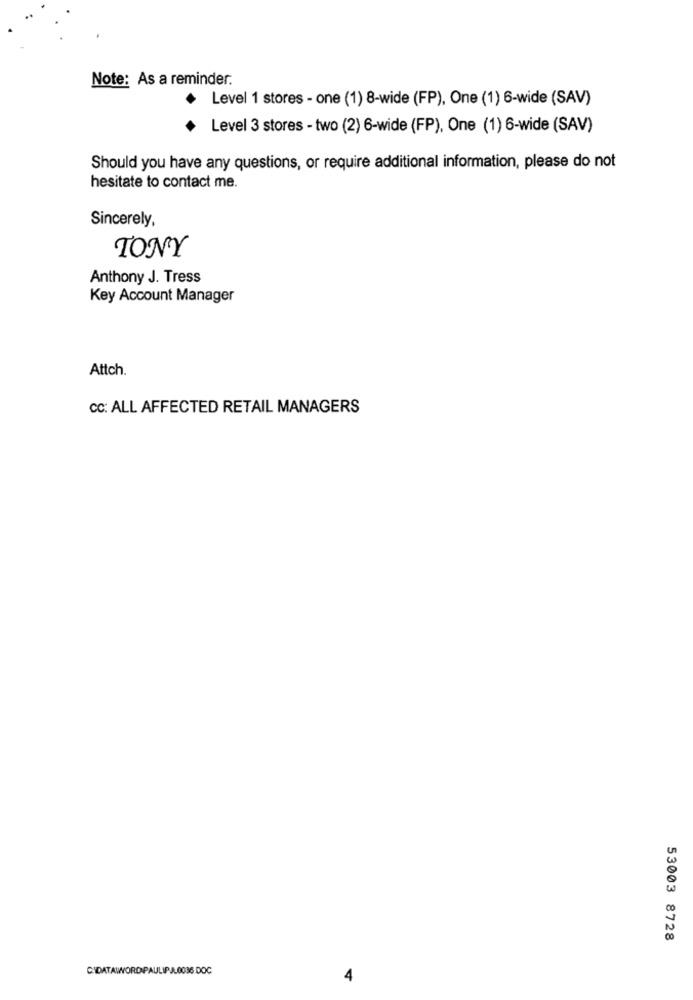
Note: As a reminder.
Level 1 stores - one (1) 8-wide (FP), One (1) 6-wide (SAV)
Level 3 stores - two (2) 6-wide (FP), One (1) 6-wide (SAV)
Should you have any questions, or require additional information, please do not
hesitate to contact me.
Sincerely,
TONY
Anthony J. Tress
Key Account Manager
Attch.
cc: ALL AFFECTED RETAIL MANAGERS
53003 8728
CIDATAWORD PAULIPA.0036 DOC
4